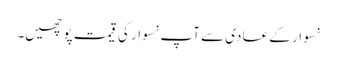
نسوار کے عادی سے آپ نسوار کی قیمت پوچھیں۔